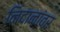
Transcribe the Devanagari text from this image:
निदानांवर